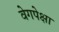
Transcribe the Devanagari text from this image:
वेगपेक्षा